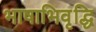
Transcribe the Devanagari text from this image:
भाषाभिवृद्धि